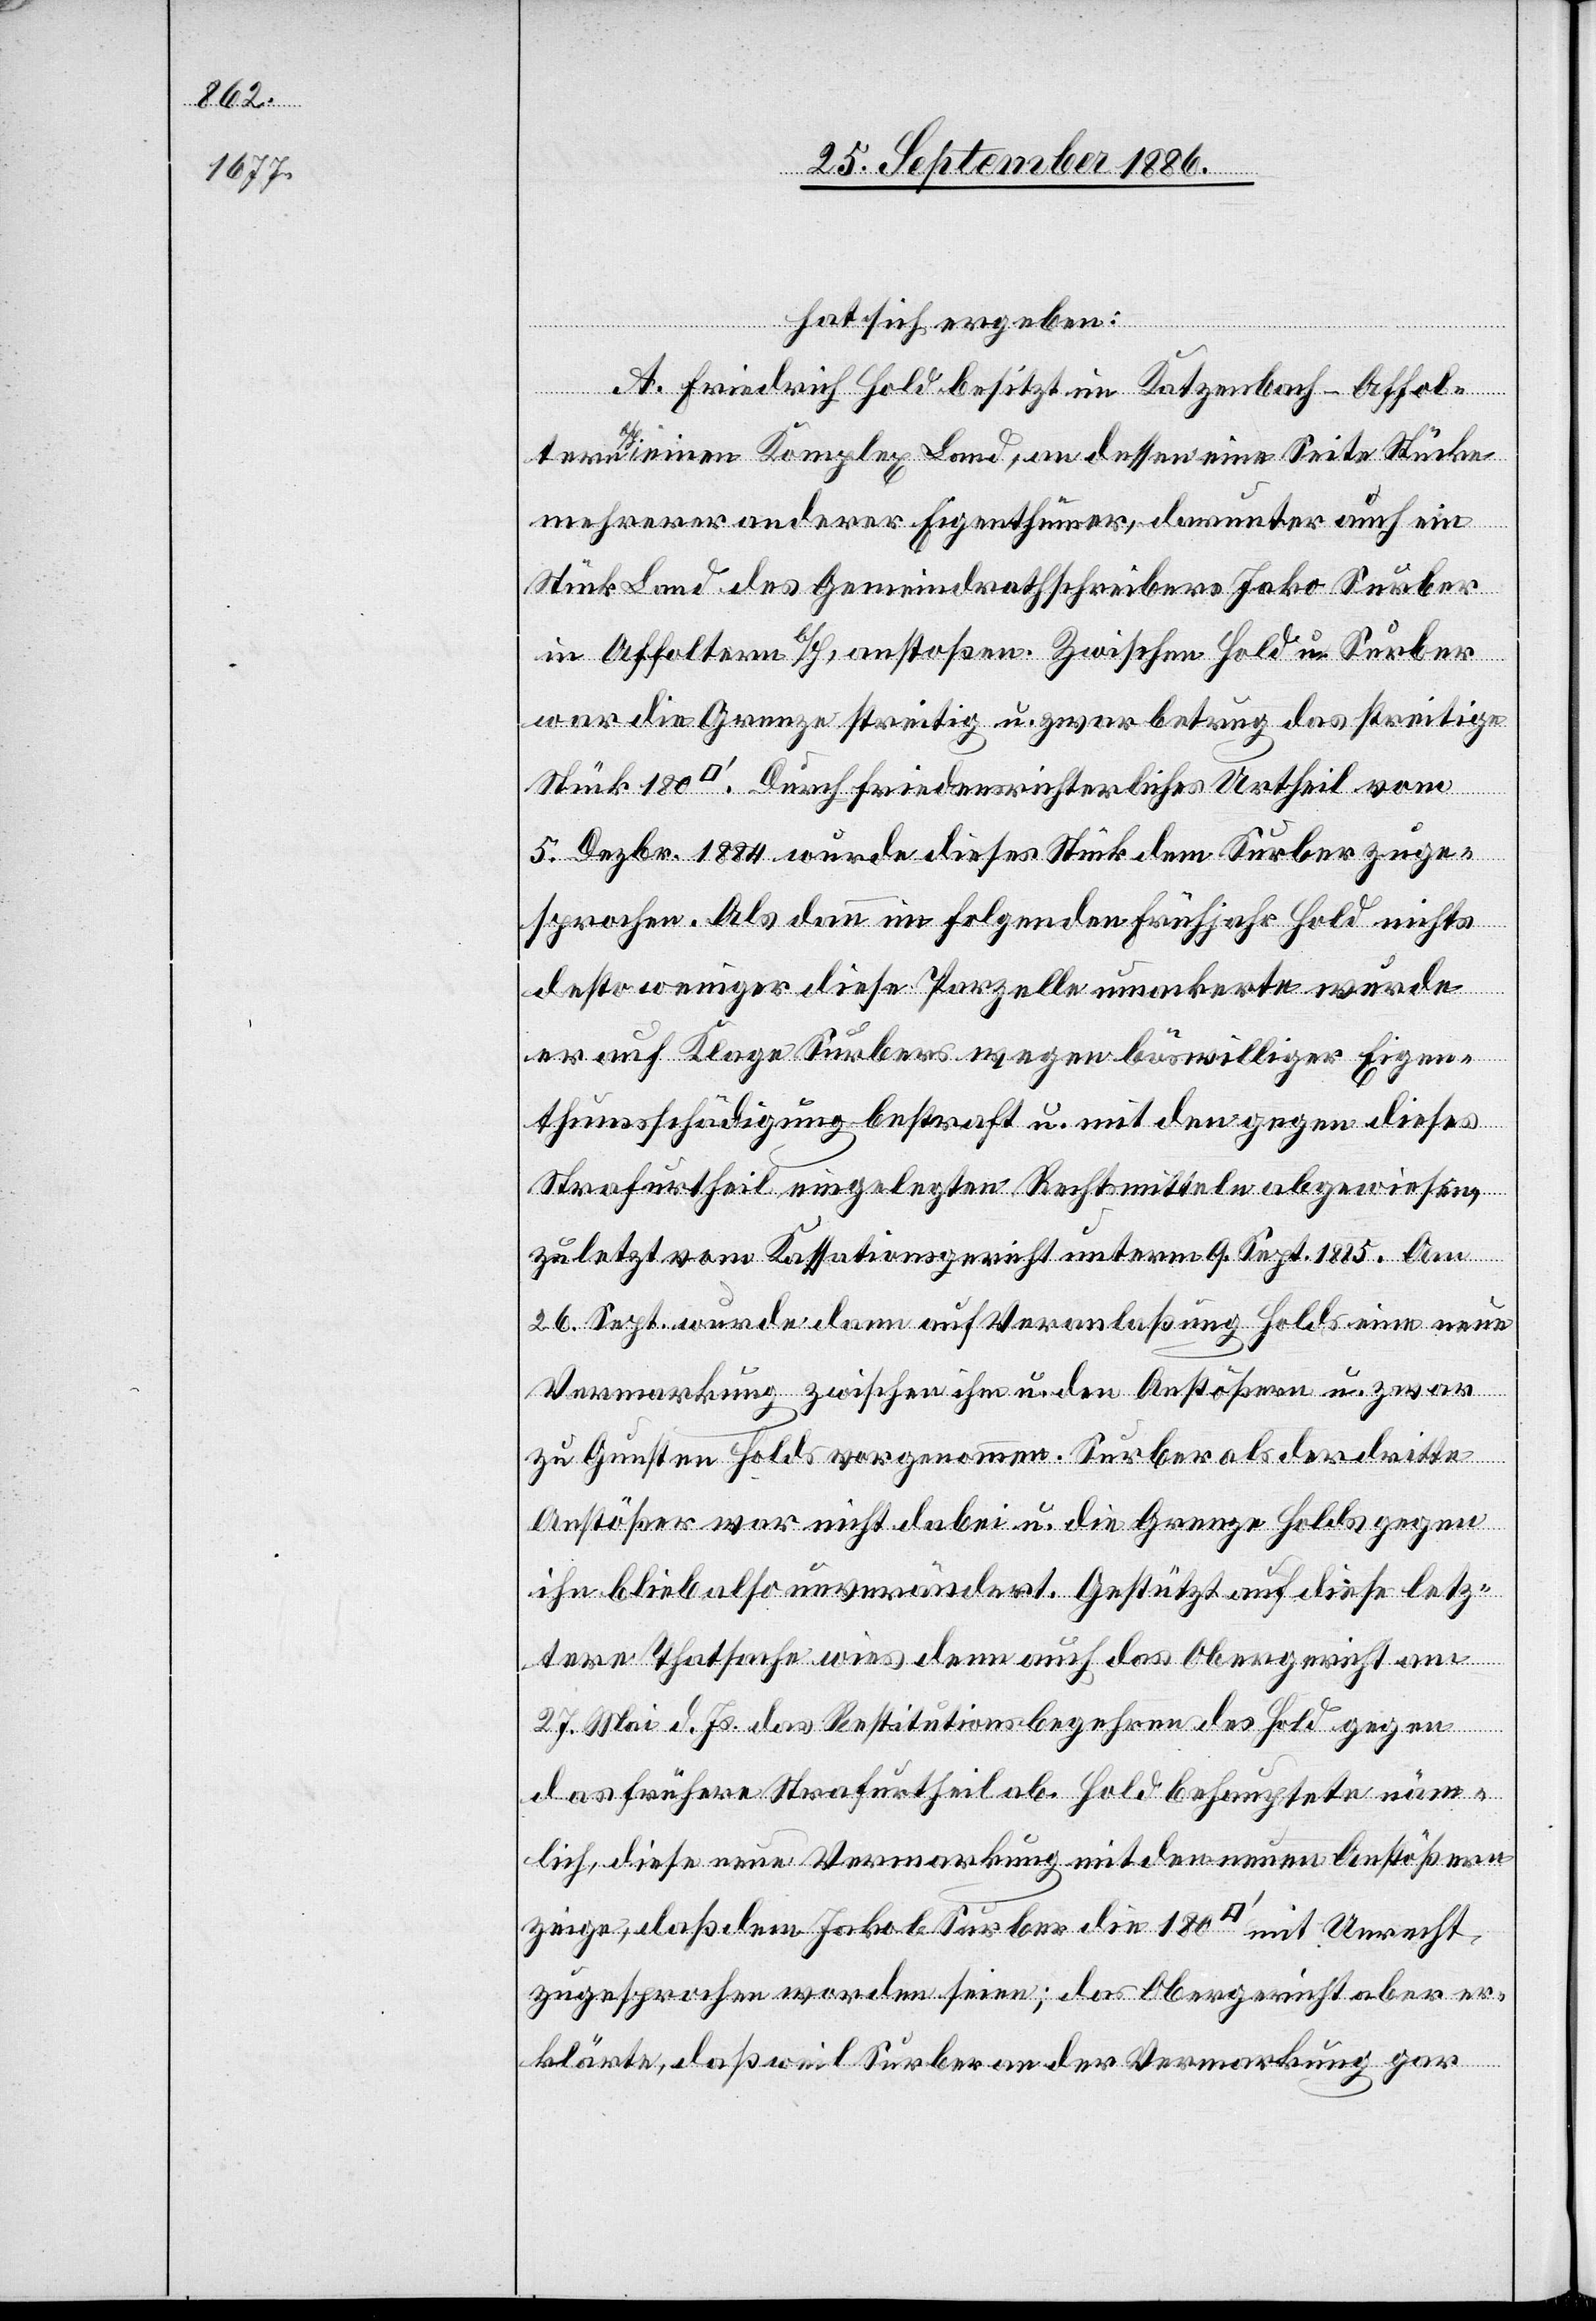
180

hat sich ergeben:
A. Friedrich Hold besitzt im Katzenbach - Affol¬
tern b/H. einen Komplex Land, an dessen eine Seite Stücke
mehrerer anderer Eigenthümer, darunter auch ein
Stück Land des Gemeindrathschreibers Jako [sic!]
in Affoltern b/H, anstoßen. Zwischen Hold u. Surber
war die Grenze streitig u. zwar betrug das streitige
5. Dezbr. 1884 wurde dieses Stück dem Surber zuge¬
sprochen. Als dann im folgenden Frühjahr Hold nichts
desto weniger diese Parzelle umackerte wurde
er auf Klage Surbers wegen böswilliger Eigen¬
thumsschädigung bestraft u. mit den gegen dieses
Strafurtheil eingelegten Rechtsmitteln abgewiesen,
zuletzt vom Kassationsgericht unterm 9. Sept. 1885. Am
26. Sept. wurde dann auf Veranlaßung Holds eine neue
Vermarkung zwischen ihm u. den Anstößern u. zwar
zu Gunsten Holds vorgenommen. Surber als der dritte
Anstößer war nicht dabei u. die Grenze Holds gegen
ihn blieb also unverändert. Gestützt auf diese letz¬
tere Thatsache wies denn auch das Obergericht am
27. Mai d. Js. das Restitutionsbegehren des Hold gegen
Urtheil
das frühere Strafurtheil ab. Hold behauptete näm¬
lich, diese neue Vermarkung mit den neuen Anstößern
zeige, daß dem Jakob Surber die 180 [Quadratfuss] mit Unrecht
zugesprochen worden seien; das Obergericht aber er¬
klärte, daß weil Surber an der Vermarkung gar